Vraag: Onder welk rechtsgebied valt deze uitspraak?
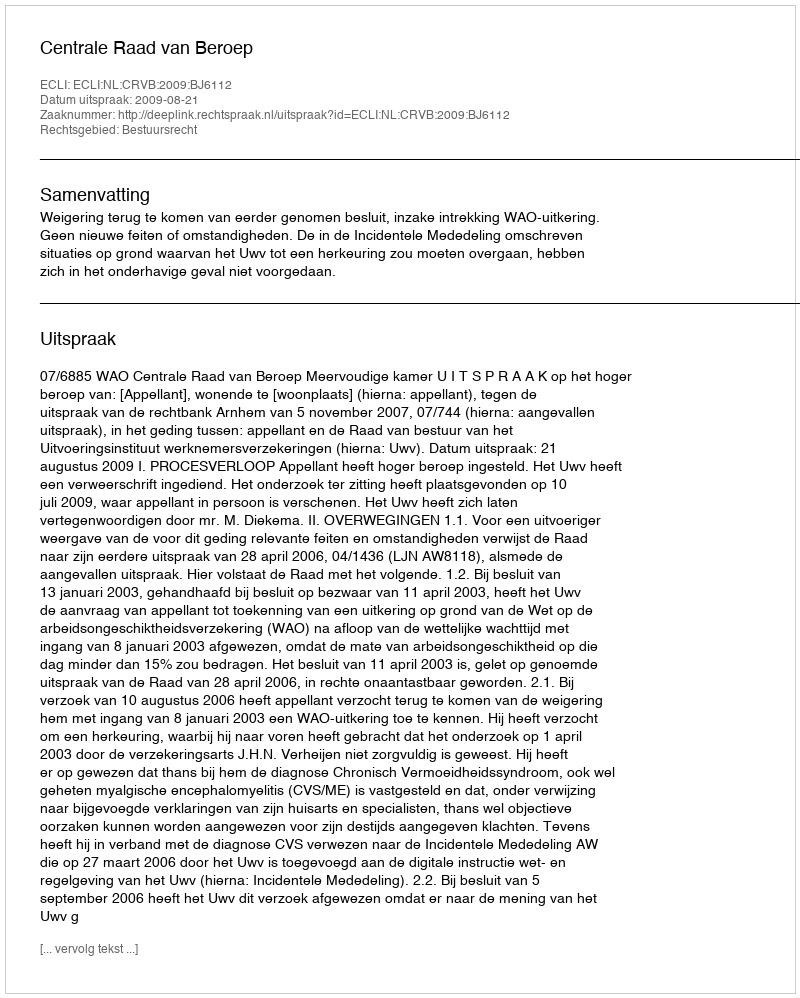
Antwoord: Bestuursrecht